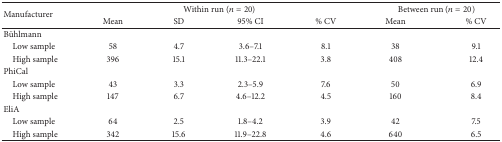
| <ROWSPAN=2> Manufacturer | <COLSPAN=4> Within run (n = 20) | <COLSPAN=2> Between run (n = 20) |
 | Mean | SD | 95% CI | % CV | Mean | % CV |
 | --- | --- | --- | --- | --- | --- | --- |
 | Bühlmann |  |  |  |  |  |  |
 | Low sample | 58 | 4.7 | 3.6–7.1 | 8.1 | 38 | 9.1 |
 | High sample | 396 | 15.1 | 11.3–22.1 | 3.8 | 408 | 12.4 |
 | PhiCal |  |  |  |  |  |  |
 | Low sample | 43 | 3.3 | 2.3–5.9 | 7.6 | 50 | 6.9 |
 | High sample | 147 | 6.7 | 4.6–12.2 | 4.5 | 160 | 8.4 |
 | EliA |  |  |  |  |  |  |
 | Low sample | 64 | 2.5 | 1.8–4.2 | 3.9 | 42 | 7.5 |
 | High sample | 342 | 15.6 | 11.9–22.8 | 4.6 | 640 | 6.5 |